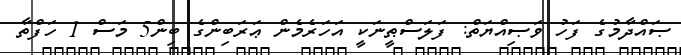
ޞައްދާމުގެ ފަހު ވަޞިއްޔަތް: ފަލަސްޠީނަކީ އަހަރެމެން ޢަރަބިންގެ ބިން5 މަސް 1 ހަފްތާ